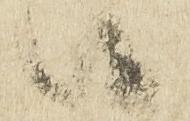
候